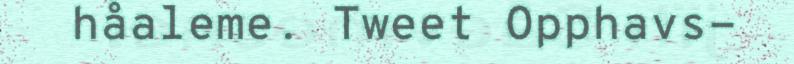
håaleme. Tweet Opphavs-